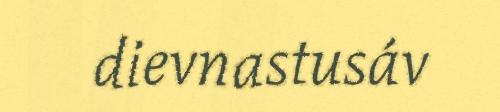
dievnastusáv